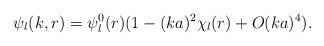
\begin{align*}\psi_l(k,r) = \psi^0_l(r) (1 - (ka)^2 \chi_l(r) + O(ka)^4).\end{align*}